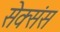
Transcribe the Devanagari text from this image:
सेक्संस